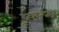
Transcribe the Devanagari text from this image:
पूलम